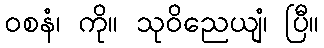
ဝစနံ၊ ကို။ သုဝိညေယျံ၊ ပြီ။